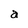
Character: a